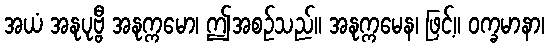
အယံ အနုပုဗ္ဗီ အနုက္ကမော၊ ဤအစဉ်သည်။ အနုက္ကမေန၊ ဖြင့်။ ဝက္ခမာနာ၊